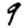
Digit: 9